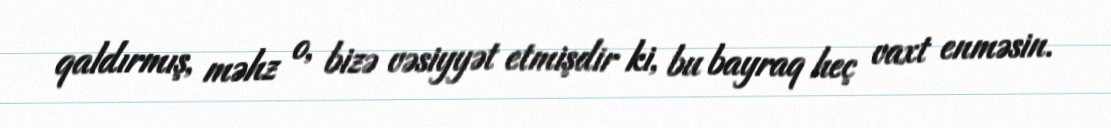
qaldırmış, məhz o, bizə vəsiyyət etmişdir ki, bu bayraq heç vaxt enməsin.